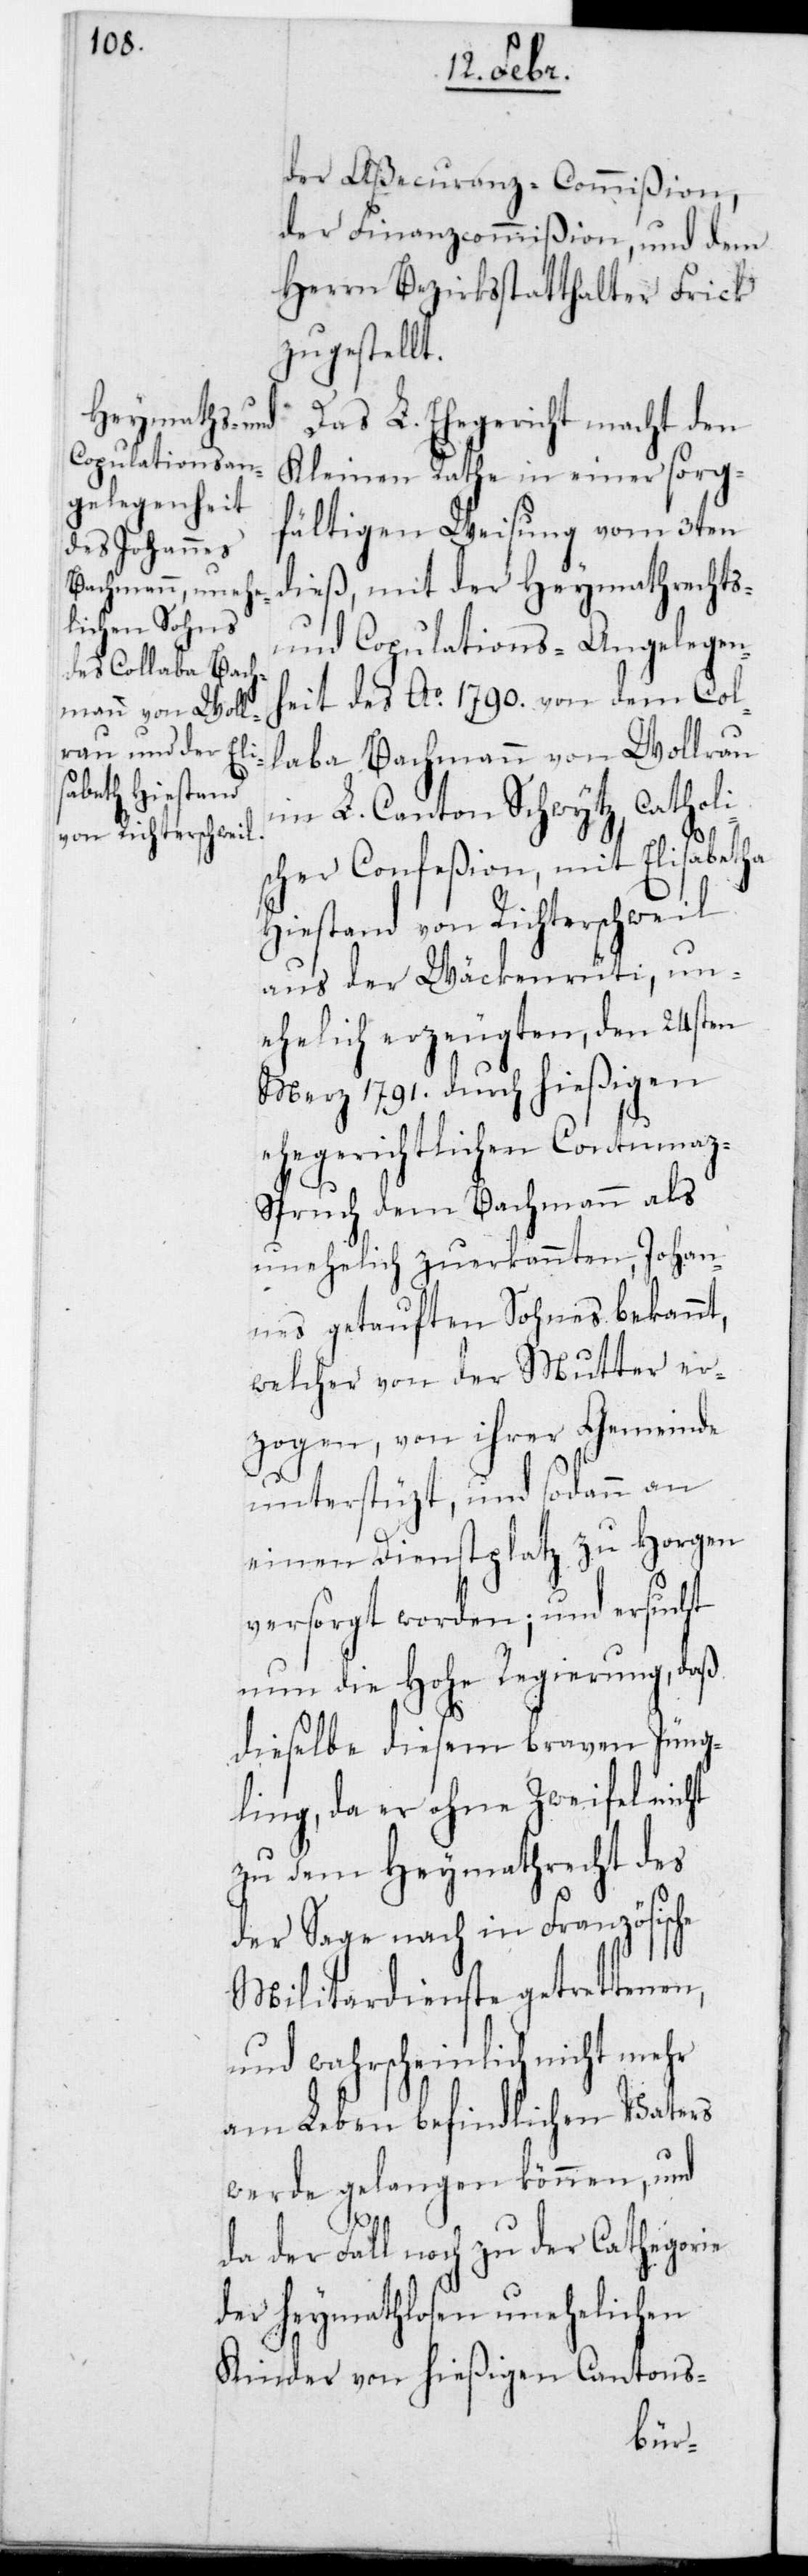
der Aßecuranz-Commißion,
der Finanzcommißion und dem
Herrn Bezirksstatthalter Frick
zugestellt.
Das L. Ehegericht macht den
Kleinen Rath in einer sorg¬
fältigen Weisung vom 3ten
dieß, mit der Heymathrechts-
und Copulations-Angelegen¬
heit des Ao 1790. von dem Col¬
laba Bachmann von Wollerau
im L. Canton Schwytz, catholi¬
scher Confeßion, mit Elisabetha
Hiestand von Richterschweil
aus der Wäckenrüti, un¬
ehelich erzeugten, den 24sten
Merz 1791. durch hießigen
ehegerichtlichen Contumaz-S¬
pruch dem Bachmann als
unehelich zuerkannten Johan¬
nes getauften Sohnes bekannt,
welcher von der Mutter er¬
zogen, von ihrer Gemeinde
unterstützt, und sodann an
einen Dienstplatz zu Horgen
versorgt worden; und ersucht
nun die Hohe Regierung, daß
dieselbe diesem braven Jüng¬
ling, da er ohne Zweifel nicht
zu dem Heymathrecht des
der Sache nach in Französische
Militardienste getrettenen,
und wahrscheinlich nicht mehr
am Leben befindlichen Vaters
werde gelangen können, und
der Fall noch zu der Cathegorie
der heymathlosen unehelichen
Kinder von hießigen Cantons-